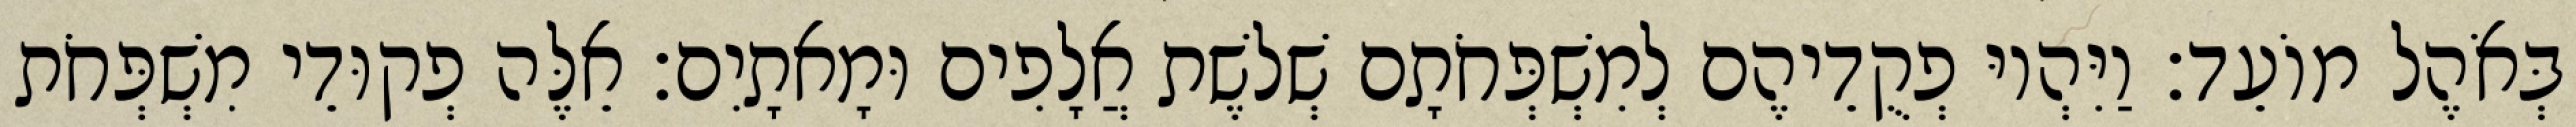
בְּאֹהֶל מוֹעֵד׃ וַיִּהְיוּ פְקֻדֵיהֶם לְמִשְׁפְּחֹתָם שְׁלשֶׁת אֲלָפִים וּמָאתָיִם׃ אֵלֶּה פְקוּדֵי מִשְׁפְּחֹת